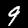
Digit: 9